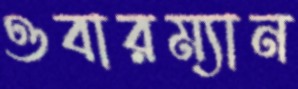
ওবারম্যান